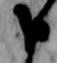
申